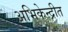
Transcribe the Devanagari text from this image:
अभिकेन्द्रीत